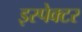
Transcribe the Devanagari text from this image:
इस्पेक्टर